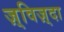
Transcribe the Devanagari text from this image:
ज़्विज़्दा